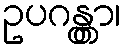
ဥပဂန္တွာ၊